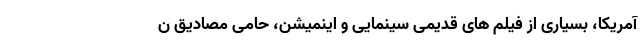
آمریکا، بسیاری از فیلم های قدیمی سینمایی و اینمیشن، حامی مصادیق ن